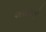
અથવાતો